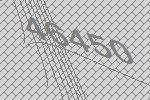
46450